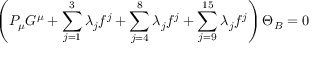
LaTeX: \left( P _ { \mu } G ^ { \mu } + \sum _ { j = 1 } ^ { 3 } \lambda _ { j } f ^ { j } + \sum _ { j = 4 } ^ { 8 } \lambda _ { j } f ^ { j } + \sum _ { j = 9 } ^ { 1 5 } \lambda _ { j } f ^ { j } \right) \Theta _ { B } = 0